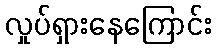
လှုပ်ရှားနေကြောင်း